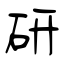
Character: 研